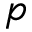
p